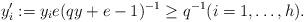
LaTeX: \begin{align*}y_i':= y_ie(qy+e-1)^{-1} \geq q^{-1}(i=1,\dots,h).\end{align*}